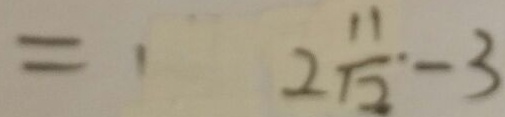
= 1 2 \frac { 1 1 } { 1 2 } \cdot - 3